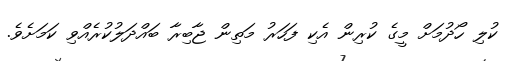
ކުލި ހޯދުމަށް މީގެ ކުރިން އެކި ފަހަރު މަތިން ޖާބިރާ ބައްދަލުކުރެއްވި ކަމަށެވެ.